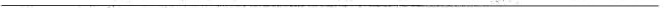
___